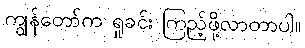
ကျွန်တော်က ရှုခင်း ကြည့်ဖို့လာတာပါ။